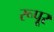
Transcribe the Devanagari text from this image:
रूपूर